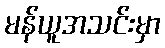
မန်ယူအသင်းမှာ